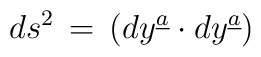
ds\sp2\,=\,(dy\sp{\underline{a}}\cdot dy\sp{\underline{a}})